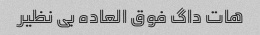
هات داگ فوق العاده بی نظیر